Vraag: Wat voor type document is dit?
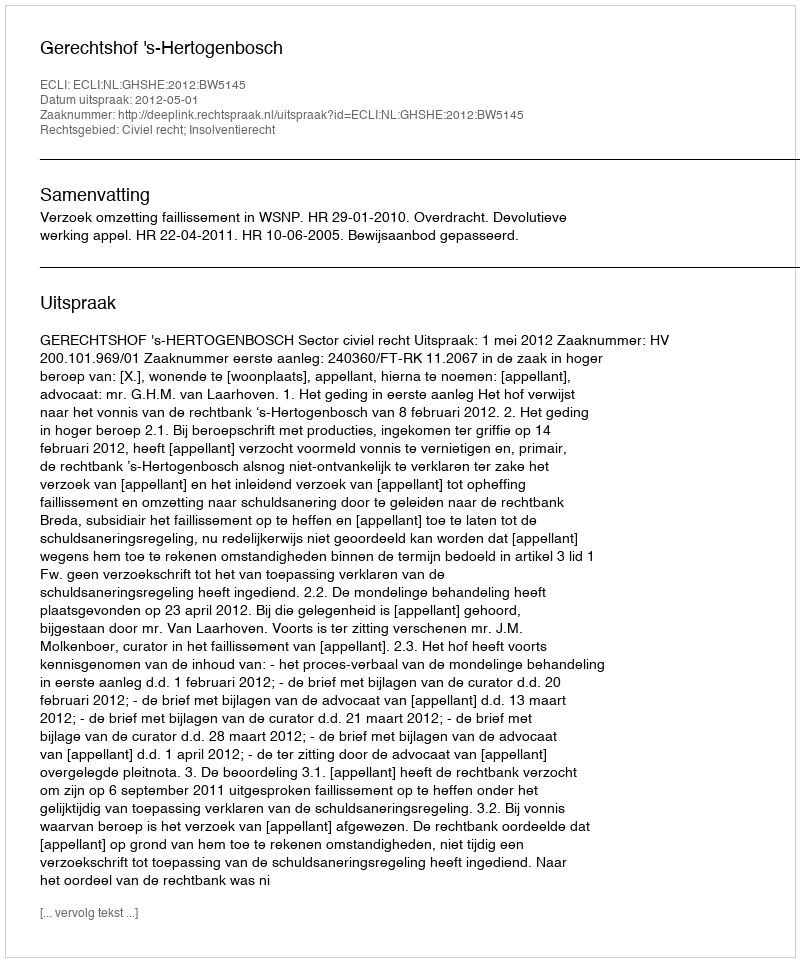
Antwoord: Uitspraak